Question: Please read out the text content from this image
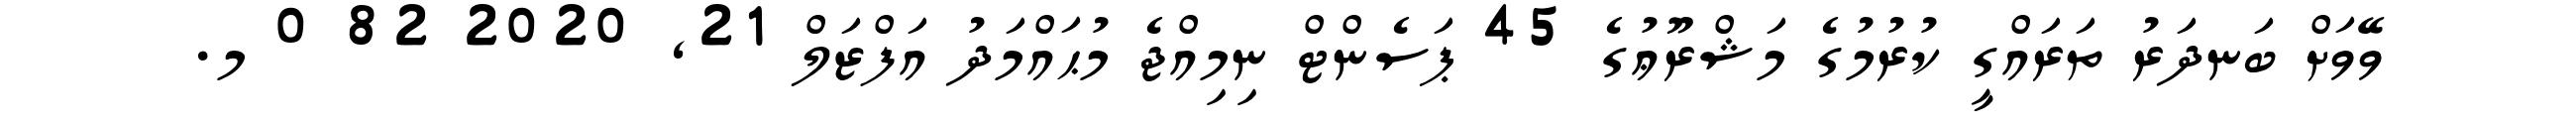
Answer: ވޭވަށް ބަނދަރު ތަރައްގީ ކުރުމުގެ މަޝްރޫޢުގެ 45 ޕަސެންޓް ނިމިއްޖެ މުޙައްމަދު އަފްޒަލް 21, 2020 82 0 މ.